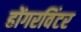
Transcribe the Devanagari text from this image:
होंगरविंटर